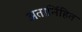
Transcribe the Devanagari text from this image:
अतार्निहित